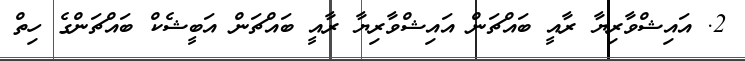
2. އައިޝްވާރިޔާ ރާއީ ބައްޗަން އައިޝްވާރިޔާ ރާއީ ބައްޗަން އަބީޝެކް ބައްޗަންގެ ހިތް